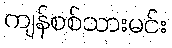
ကျန်စစ်သားမင်း